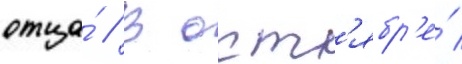
отца́ // В окт'ябр'е́